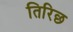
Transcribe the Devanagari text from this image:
तिरिछ